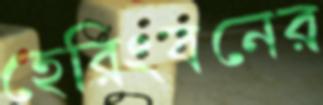
হেরিংবনের